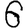
Digit: 6